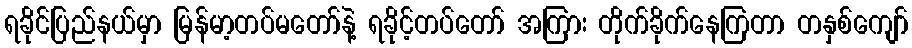
ရခိုင်ပြည်နယ်မှာ မြန်မာ့တပ်မတော်နဲ့ ရခိုင့်တပ်တော် အကြား တိုက်ခိုက်နေကြတာ တနှစ်ကျော်